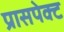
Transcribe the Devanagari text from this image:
प्रासपेक्ट